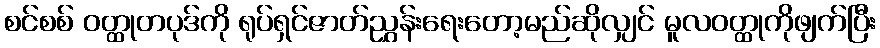
စင်စစ် ဝတ္ထုတပုဒ်ကို ရုပ်ရှင်ဇာတ်ညွှန်းရေးတော့မည်ဆိုလျှင် မူလဝတ္ထုကိုဖျက်ပြီး